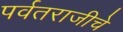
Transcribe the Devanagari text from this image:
पर्वतराजीचे